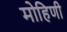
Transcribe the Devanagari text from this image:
मोहिणी